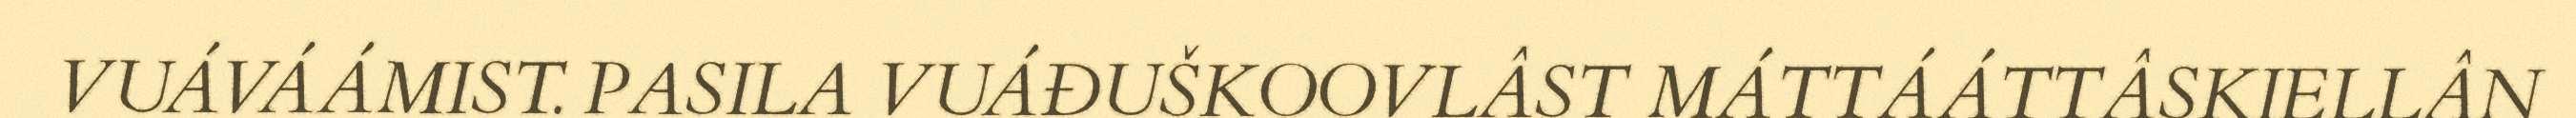
VUÁVÁÁMIST. PASILA VUÁĐUŠKOOVLÂST MÁTTÁÁTTÂSKIELLÂN